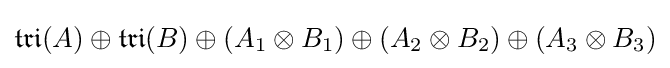
{\mathfrak {tri}}(A)\oplus {\mathfrak {tri}}(B)\oplus (A_{1}\otimes B_{1})\oplus (A_{2}\otimes B_{2})\oplus (A_{3}\otimes B_{3})